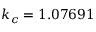
k _ { c } = 1 . 0 7 6 9 1